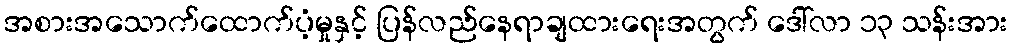
အစားအသောက်ထောက်ပံ့မှုနှင့် ပြန်လည်နေရာချထားရေးအတွက် ဒေါ်လာ ၁၃ သန်းအား